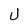
Character: U